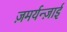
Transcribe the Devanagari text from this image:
ज़मर्यन्ज़ाई